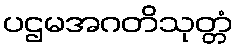
ပဌမအဂတိသုတ္တံ